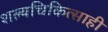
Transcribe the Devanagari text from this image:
शल्यचिकित्साही